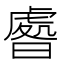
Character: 𣊑